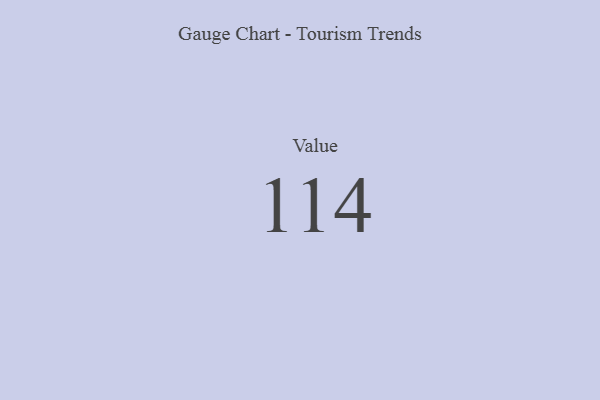
{"axis": {"x": "Metric", "y": "Value"}, "legend": [""], "data": [{"x": "Value", "y": 114, "type": ""}]}